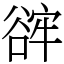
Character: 䜮